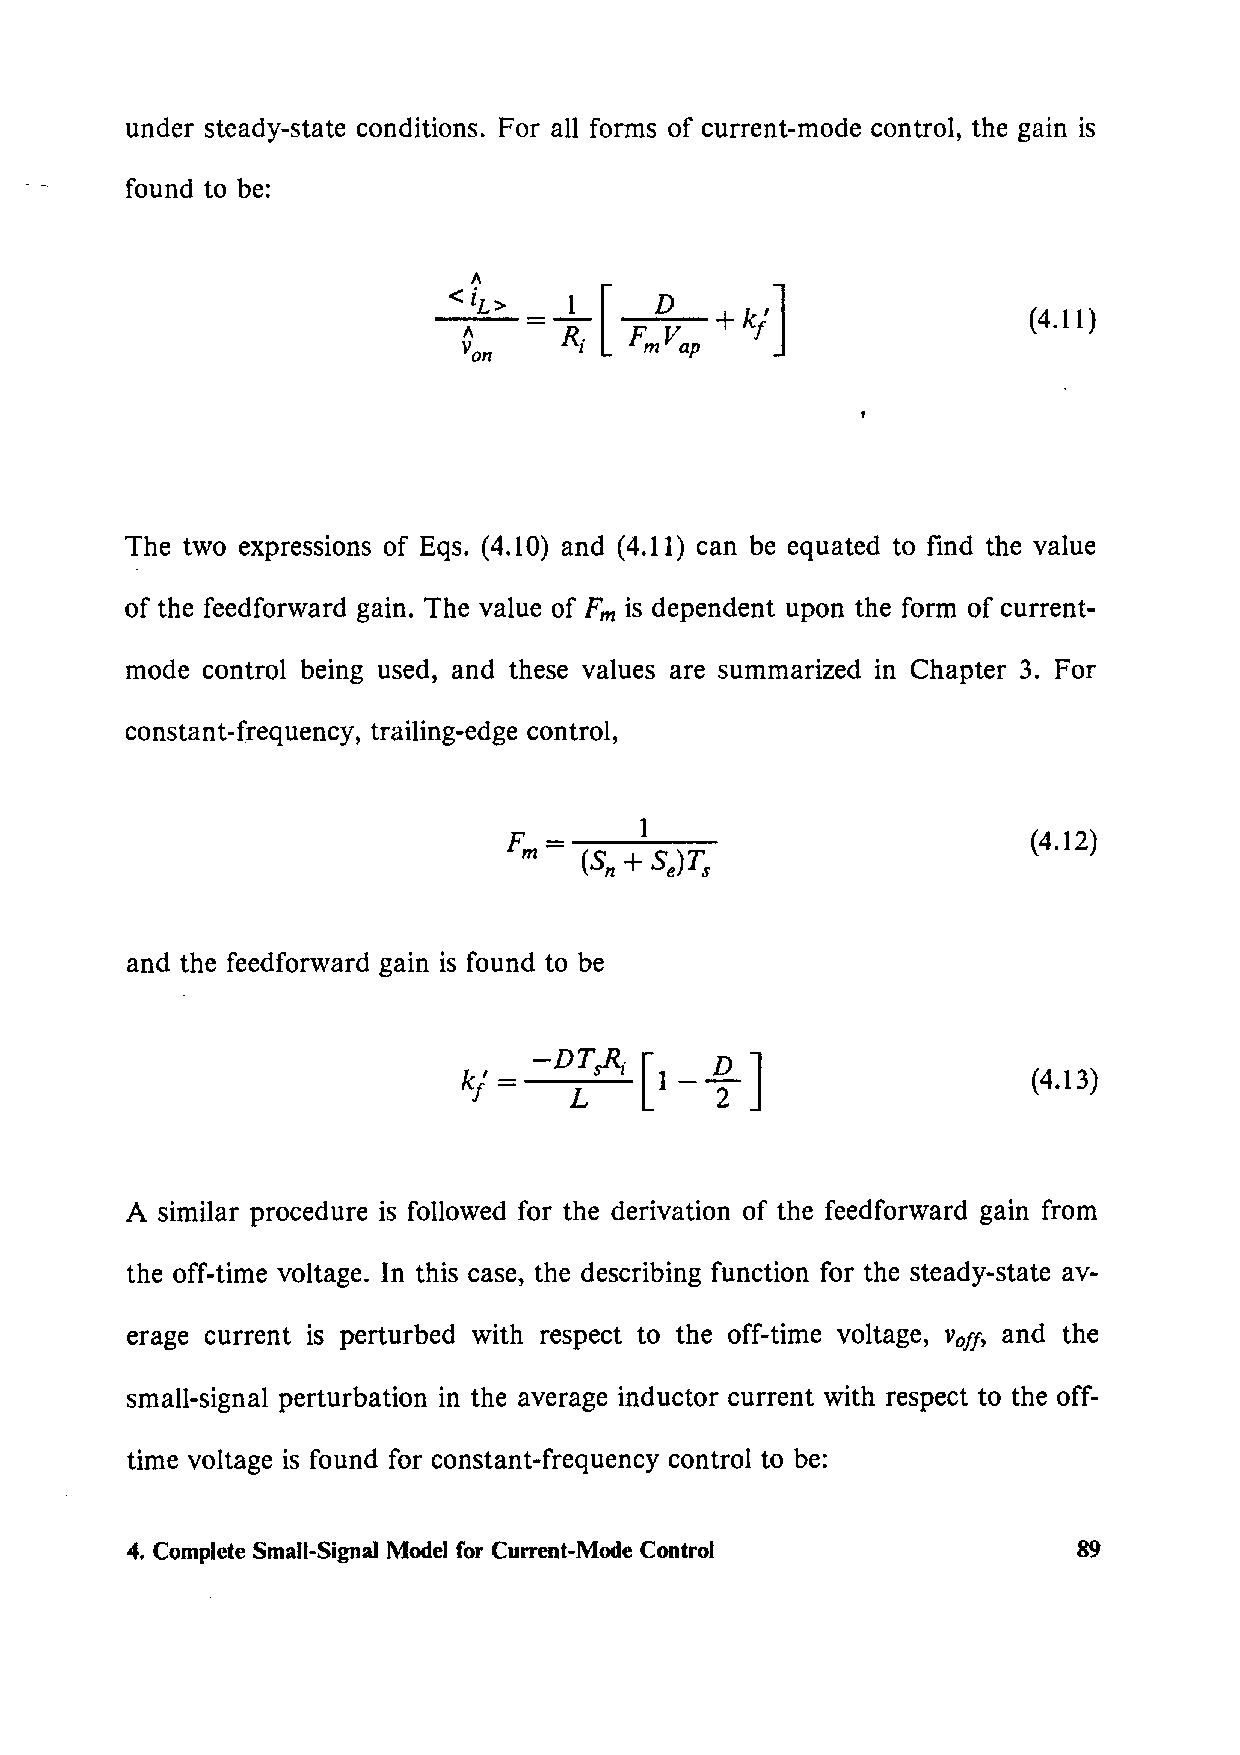
under steady-state conditions. For all forms of current-mode control, the gain is
 found to be:
 =-1  [                           (4 .11)
 R.
 l
 The two expressions of Eqs. (4.10) and (4.11) can be equated to find the value
 of the feedforward gain. The value of Fm is dependent upon the form of current-
 mode control being used, and these values are summarized in Chapter 3. For
 constant-frequency, trailing-edge control,
 (4.12)
 and the feedforward gain is found to be
 [l _
 _Q_J
 k' = -DT~;
 (4.13)
 f      L        2
 A similar procedure is followed for the derivation of the f eedforward gain from
 the off-time voltage. In this case, the describing function for the steady-state av-
 erage current is perturbed with respect to the off-time voltage, Voff, and the
 small-signal perturbation in the average inductor current with respect to the off-
 time voltage is found for constant-frequency control to be:
 4. Complete Small-Signal Model for Current-Mode Control        89